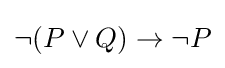
\lnot (P\lor Q)\to \lnot P